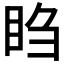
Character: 𬑍